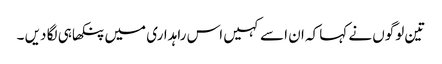
تین لوگوں نے کہا کہ ان اسے کہیں اس راہداری میں پنکھا ہی لگا دیں ۔